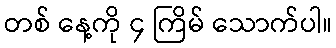
တစ် နေ့ကို ၄ ကြိမ် သောက်ပါ။